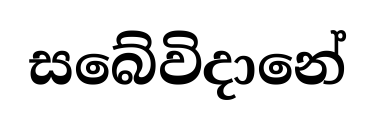
සබේවිදානේ